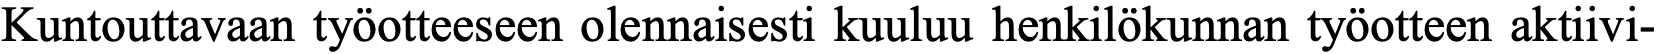
Kuntouttavaan työotteeseen olennaisesti kuuluu henkilökunnan työotteen aktiivi-